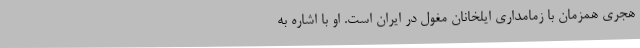
هجری همزمان با زمامداری ایلخانان مغول در ایران است. او با اشاره به